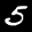
Label: 5